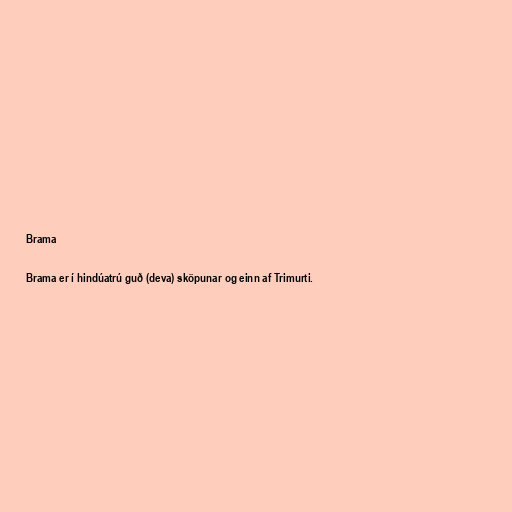
Brama

Brama er í hindúatrú guð (deva) sköpunar og einn af Trimurti.